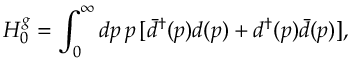
H _ { 0 } ^ { g } = \int _ { 0 } ^ { \infty } d p \, p \, [ { \bar { d } } ^ { \dag } ( p ) d ( p ) + d ^ { \dag } ( p ) \bar { d } ( p ) ] ,